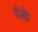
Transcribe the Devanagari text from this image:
दंडो